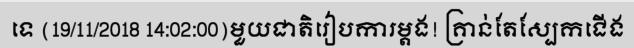
ទេ (19/11/2018 14:02:00)មួយជាតិរៀបការម្តង! គ្រាន់តែស្បែកជើង